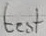
Text: test